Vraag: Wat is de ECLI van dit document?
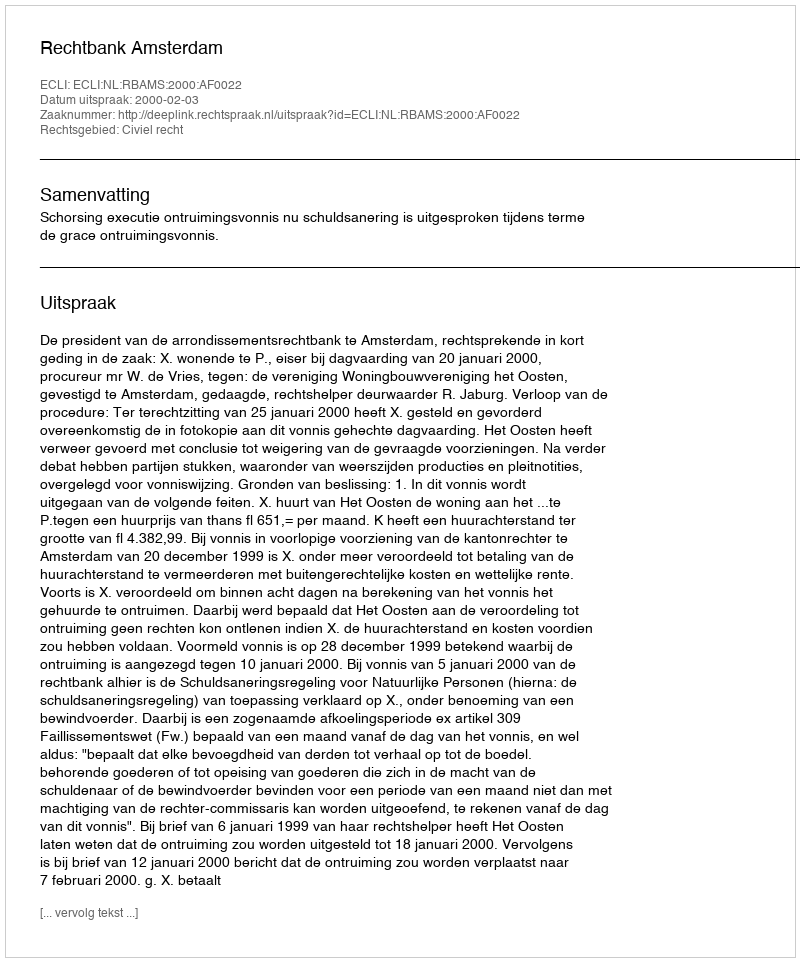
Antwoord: ECLI:NL:RBAMS:2000:AF0022